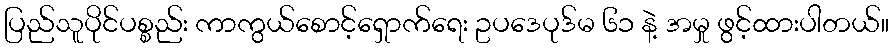
ပြည်သူပိုင်ပစ္စည်း ကာကွယ်စောင့်ရှောက်ရေး ဥပဒေပုဒ်မ ၆၁ နဲ့ အမှု ဖွင့်ထားပါတယ်။